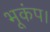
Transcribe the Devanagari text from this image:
भूकंप।